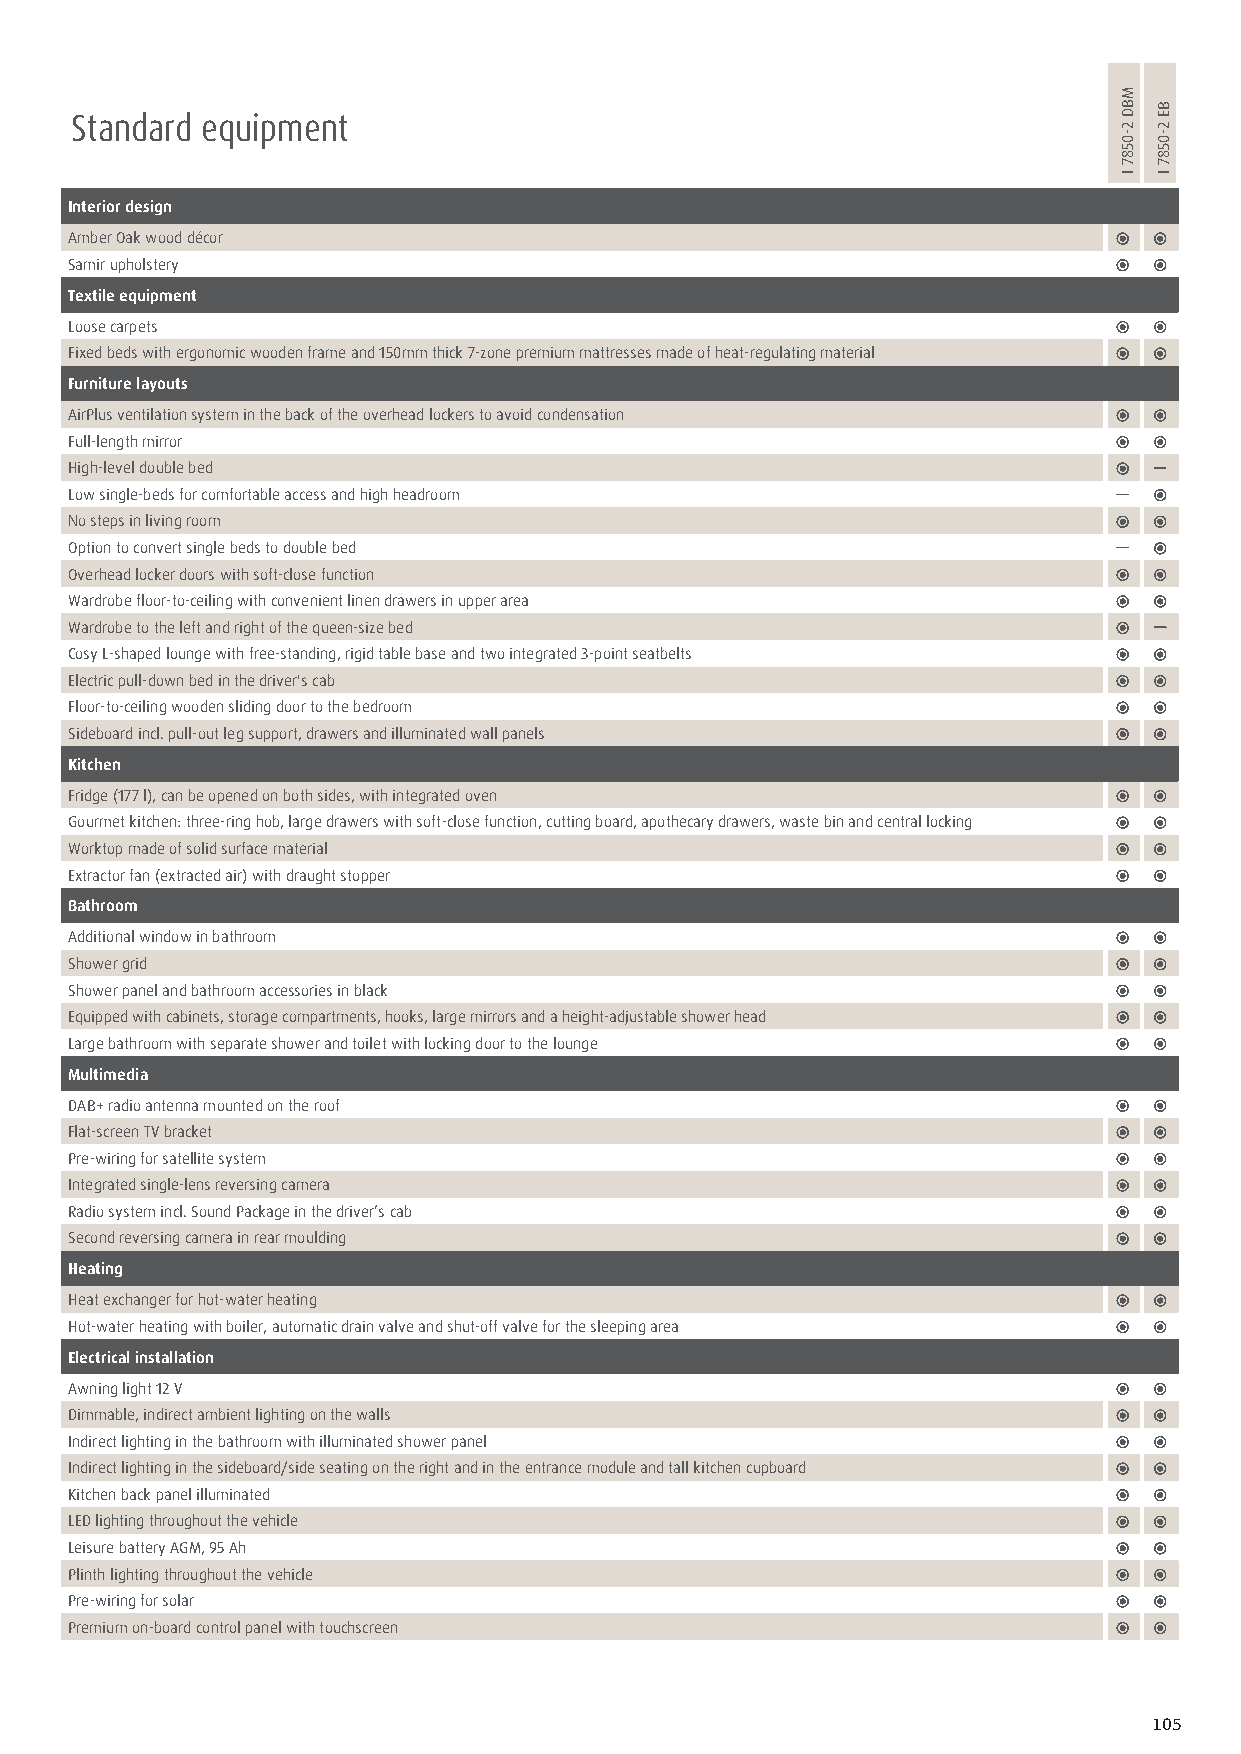
Standard equipment
 Interior design
 Amber Oak wood décor
 Samir upholstery
 Textile equipment
 Loose carpets
 Fixed beds with ergonomic wooden frame and 150mm thick 7-zone premium mattresses made of heat-regulating material
 Furniture layouts
 AirPlus ventilation system in the back of the overhead lockers to avoid condensation
 Full-length mirror
 High-level double bed
 Low single-beds for comfortable access and high headroom
 No steps in living room
 Option to convert single beds to double bed
 Overhead locker doors with soft-close function
 Wardrobe floor-to-ceiling with convenient linen drawers in upper area
 Wardrobe to the left and right of the queen-size bed
 Cosy L-shaped lounge with free-standing, rigid table base and two integrated 3-point seatbelts
 Electric pull-down bed in the driver's cab
 Floor-to-ceiling wooden sliding door to the bedroom
 Sideboard incl. pull-out leg support, drawers and illuminated wall panels
 Kitchen
 Fridge (177 l), can be opened on both sides, with integrated oven
 Gourmet kitchen: three-ring hob, large drawers with soft-close function, cutting board, apothecary drawers, waste bin and central locking
 Worktop made of solid surface material
 Extractor fan (extracted air) with draught stopper
 Bathroom
 Additional window in bathroom
 Shower grid
 Shower panel and bathroom accessories in black
 Equipped with cabinets, storage compartments, hooks, large mirrors and a height-adjustable shower head
 Large bathroom with separate shower and toilet with locking door to the lounge
 Multimedia
 DAB+ radio antenna mounted on the roof
 Flat-screen TV bracket
 Pre-wiring for satellite system
 Integrated single-lens reversing camera
 Radio system incl. Sound Package in the driver’s cab
 Second reversing camera in rear moulding
 Heating
 Heat exchanger for hot-water heating
 Hot-water heating with boiler, automatic drain valve and shut-off valve for the sleeping area
 Electrical installation
 Awning light 12 V
 Dimmable, indirect ambient lighting on the walls
 Indirect lighting in the bathroom with illuminated shower panel
 Indirect lighting in the sideboard/side seating on the right and in the entrance module and tall kitchen cupboard
 Kitchen back panel illuminated
 LED lighting throughout the vehicle
 Leisure battery AGM, 95 Ah
 Plinth lighting throughout the vehicle
 Pre-wiring for solar
 Premium on-board control panel with touchscreen
 105
 MBD
 2-0587
 I
 BE
 2-0587
 I